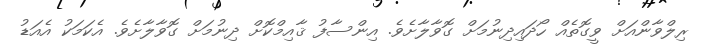
ރިލްވާންއަށް ވީގޮތެއް ހޯދައިދިނުމަށް ގޮވާލާށެވެ. އިންސާފު ޤާއިމްކޮށް ދިނުމަށް ގޮވާލާށެވެ. އެކަމަކު އެއަޑު